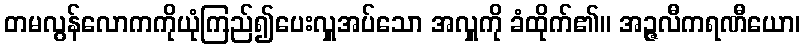
တမလွန်လောကကိုယုံကြည်၍ပေးလှူအပ်သော အလှူကို ခံထိုက်၏။ အဉ္ဇလီကရဏီယော၊